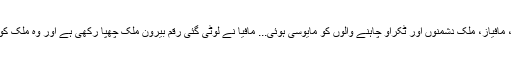
عمران خان صاحب نے ارشاد فرمایا ''آج بیرونِ ملک دولت رکھنے والوں، مافیاز، ملک دشمنوں اور ٹکراؤ چاہنے والوں کو مایوسی ہوئی... مافیا نے لوٹی گئی رقم بیرونِ ملک چھپا رکھی ہے اور وہ ملک کو عدم استحکام کا شکار کر کے لوٹی ہوئی رقم کو محفوظ بنانا چاہتا ہے‘‘۔